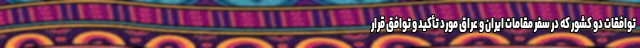
توافقات دو کشور که در سفر مقامات ایران و عراق مورد تأکید و توافق قرار